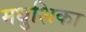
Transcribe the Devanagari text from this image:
मधुशिका